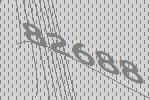
82688